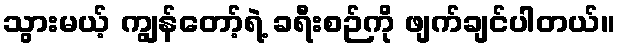
သွားမယ့် ကျွန်တော့်ရဲ့ ခရီးစဉ်ကို ဖျက်ချင်ပါတယ်။